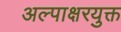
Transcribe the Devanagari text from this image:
अल्पाक्षरयुक्त